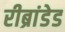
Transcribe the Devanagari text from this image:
रीब्रांडेड